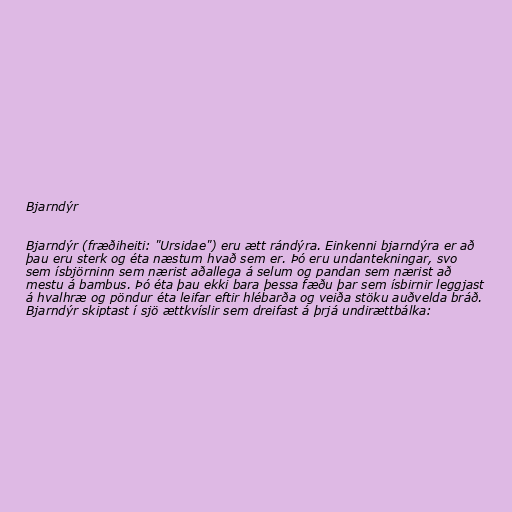
Bjarndýr

Bjarndýr (fræðiheiti: "Ursidae") eru ætt rándýra. Einkenni bjarndýra er að
þau eru sterk og éta næstum hvað sem er. Þó eru undantekningar, svo
sem ísbjörninn sem nærist aðallega á selum og pandan sem nærist að
mestu á bambus. Þó éta þau ekki bara þessa fæðu þar sem ísbirnir leggjast
á hvalhræ og pöndur éta leifar eftir hlébarða og veiða stöku auðvelda bráð.
Bjarndýr skiptast í sjö ættkvíslir sem dreifast á þrjá undirættbálka: